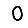
Digit: 0